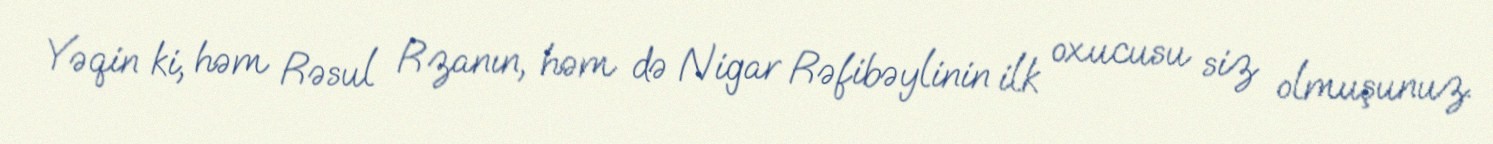
Yəqin ki, həm Rəsul Rzanın, həm də Nigar Rəfibəylinin ilk oxucusu siz olmuşunuz.